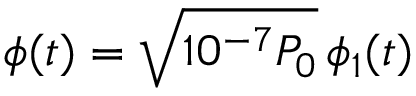
\phi ( t ) = \sqrt { 1 0 ^ { - 7 } P _ { 0 } } \, \phi _ { 1 } ( t )